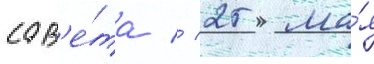
сов'е́та // 25 ма́я